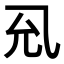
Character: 𭀛